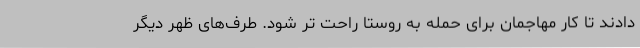
دادند تا کار مهاجمان برای حمله به روستا راحت تر شود. طرف‌های ظهر دیگر